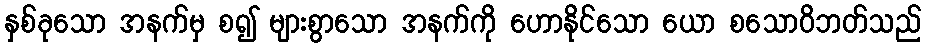
နှစ်ခုသော အနက်မှ စ၍ များစွာသော အနက်ကို ဟောနိုင်သော ယော စသောဝိဘတ်သည်